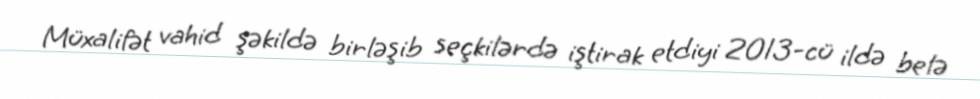
Müxalifət vahid şəkildə birləşib seçkilərdə iştirak etdiyi 2013-cü ildə belə